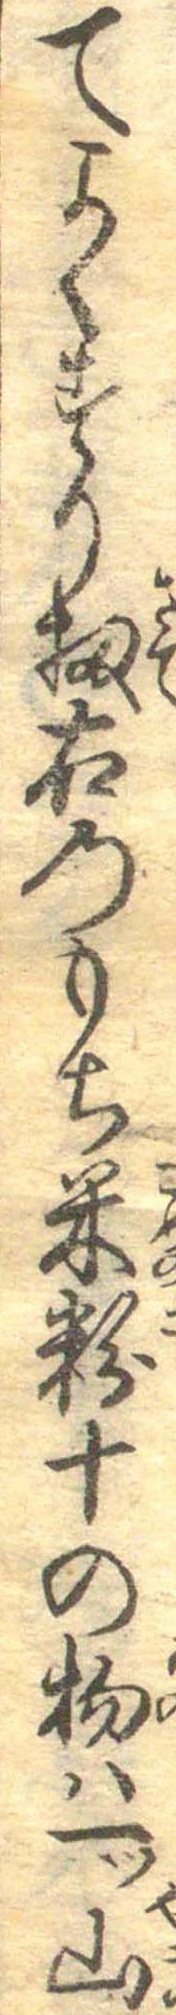
てよくすり扨右のもち米粉十の物は一ツ山